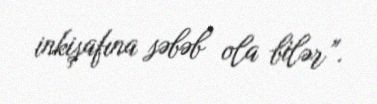
inkişafına səbəb ola bilər”.